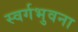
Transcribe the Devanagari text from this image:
स्वर्गभुवना